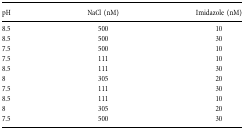
| pH | NaCl (nM) | Imidazole (nM) |
 | --- | --- | --- |
 | 8.5 | 500 | 10 |
 | 8.5 | 500 | 30 |
 | 7.5 | 500 | 10 |
 | 7.5 | 111 | 10 |
 | 8.5 | 111 | 30 |
 | 8 | 305 | 20 |
 | 7.5 | 111 | 30 |
 | 8.5 | 111 | 10 |
 | 8 | 305 | 20 |
 | 7.5 | 500 | 30 |